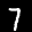
Label: 7